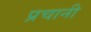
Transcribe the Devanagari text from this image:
प्रचानी